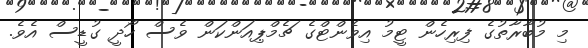
މި މުބާރާތުގެ ފިރިހެން ޓީމު އިވެންޓްގެ ޗެމްޕިއަންކަން ވެސް ހޯދީ ގުޑީސް އެވެ.